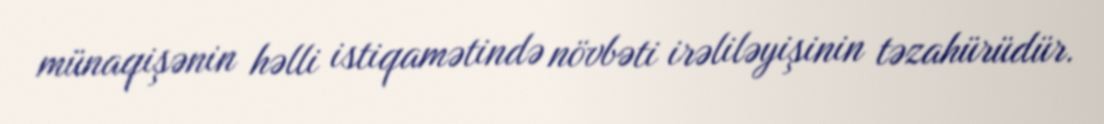
münaqişənin həlli istiqamətində növbəti irəliləyişinin təzahürüdür.